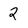
Character: 2